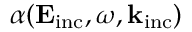
\alpha ( \mathbf { E } _ { \mathrm { { i n c } } } , \omega , \mathbf { k } _ { \mathrm { { i n c } } } )